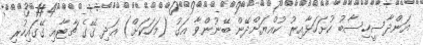
އަންދާސީހިސާބު ހުށަހަޅާއިރު ކުއްޔަށްދޭން ބޭނުންވާ އަގު (މަހަކަށް) އަދި ގޭގެ ޗާޓާއި ގޭގައިހުރި